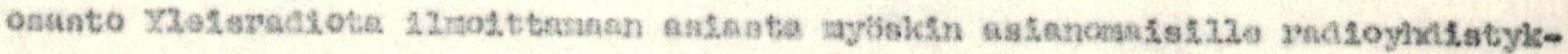
osasto Yleisradiota ilmoittamaan asiasta myöskin asianomaisille radioyhdistyk-